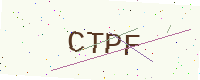
Text: CTPF